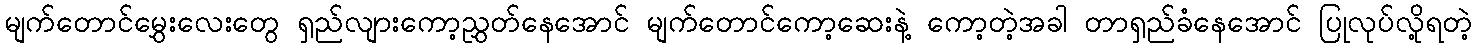
မျက်တောင်မွှေးလေးတွေ ရှည်လျားကော့ညွှတ်နေအောင် မျက်တောင်ကော့ဆေးနဲ့ ကော့တဲ့အခါ တာရှည်ခံနေအောင် ပြုလုပ်လို့ရတဲ့